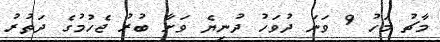
މާޗު މަހު 9 ވަނަ ދުވަހު ދުނިޔެ ވަށާ ބުރު ޖެހުމުގެ ދަތުރު